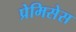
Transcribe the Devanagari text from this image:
प्रेमिसेस